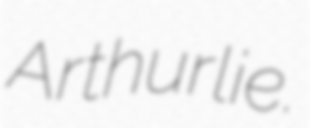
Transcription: Arthurlie.